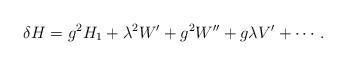
LaTeX: \begin{align*}\delta H= g^{2}H_{1}+\lambda^{2}W'+g^{2}W''+ g\lambda V'+\cdots.\end{align*}